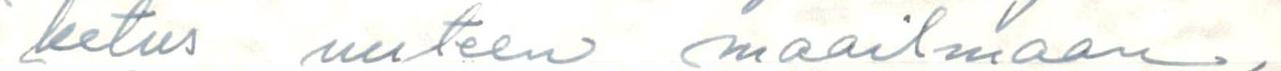
ketus uuteen maailmaan,